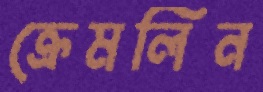
ক্রেমলিন